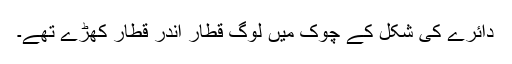
دائرے کی شکل کے چوک میں لوگ قطار اندر قطار کھڑے تھے۔